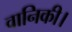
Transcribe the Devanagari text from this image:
वानिकी।